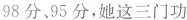
98分、95分，她这三门功